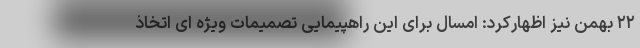
۲۲ بهمن نیز اظهارکرد: امسال برای این راهپیمایی تصمیمات ویژه ای اتخاذ